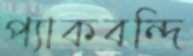
প্যাকবন্দি